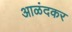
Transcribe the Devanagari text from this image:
आळंदकर